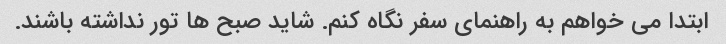
ابتدا می خواهم به راهنمای سفر نگاه کنم. شاید صبح ها تور نداشته باشند.